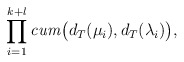
\begin{align*}\prod_{i=1}^{k+l}\mathit{cum} \bigl(d_{T}(\mu_{i}),d_{T}(\lambda_{i}) \bigr),\end{align*}